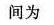
间为